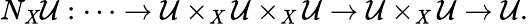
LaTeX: N_{\mathit{X}}{\mathcal{{U}}}:\dots\to{\mathcal{{U}}}\times_{\mathit{X}}{\mathcal{{U}}}\times_{\mathit{X}}{\mathcal{{U}}}\to{\mathcal{{U}}}\times_{\mathit{X}}{\mathcal{{U}}}\to{\mathcal{{U}}}.